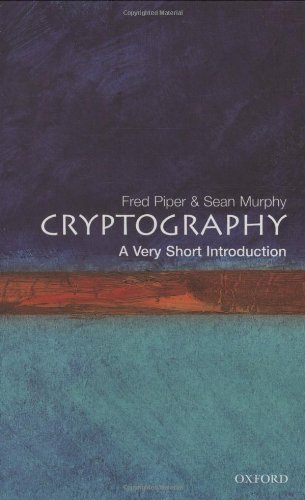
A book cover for Cryptography: A Very Short Introduction; Fred Piper; Computers & Technology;